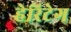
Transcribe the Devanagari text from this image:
हेरिटेग